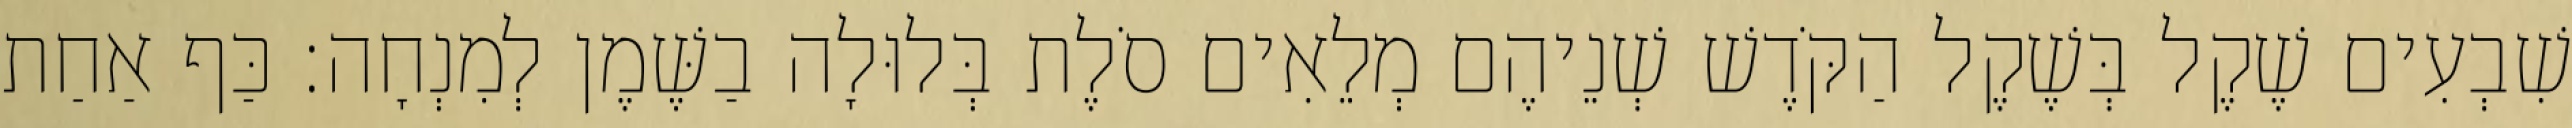
שִׁבְעִים שֶׁקֶל בְּשֶׁקֶל הַקֹּדֶשׁ שְׁנֵיהֶם מְלֵאִים סֹלֶת בְּלוּלָה בַשֶּׁמֶן לְמִנְחָה׃ כַּף אַחַת